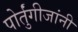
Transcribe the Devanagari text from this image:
पोर्तुंगीजांनी